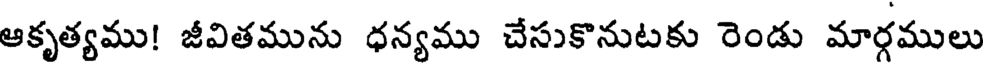
ఆకృత్యము! జీవితమును ధన్యము చేసుకొనుటకు రెండు మార్గములు